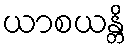
ယာစယန္တိ